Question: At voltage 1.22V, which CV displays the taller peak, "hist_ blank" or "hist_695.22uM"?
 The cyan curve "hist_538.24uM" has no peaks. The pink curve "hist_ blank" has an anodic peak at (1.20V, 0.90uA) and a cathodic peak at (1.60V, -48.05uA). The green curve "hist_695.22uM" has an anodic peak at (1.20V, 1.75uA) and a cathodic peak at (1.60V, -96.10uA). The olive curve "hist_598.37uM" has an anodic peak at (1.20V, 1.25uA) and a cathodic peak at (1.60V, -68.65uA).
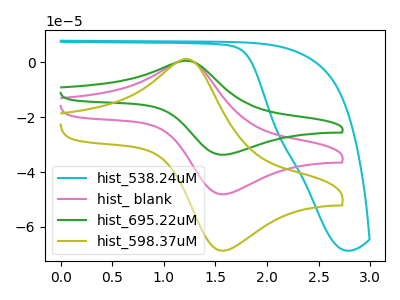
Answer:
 <answer>The peak at 1.22V is lower in "hist_ blank" than in "hist_695.22uM".</answer>
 <eval>lower</eval>